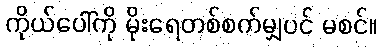
ကိုယ်ပေါ်ကို မိုးရေတစ်စက်မျှပင် မစင်။